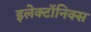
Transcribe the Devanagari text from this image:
इलेक्टॉनिक्स